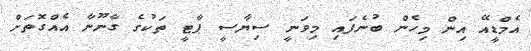
އެމްޑީއޭ އިން މިހެން ބުނެފައި މިވަނީ ސިޔާސީ ޕާޓީ ތަކުގެ ގާނޫނާ އެއްގޮތަށް